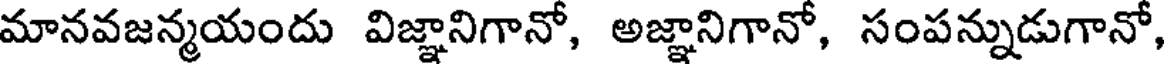
మానవజన్మయందు విజ్ఞానిగానో, అజ్ఞానిగానో, సంపన్నుడుగానో,